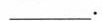
___$$.